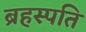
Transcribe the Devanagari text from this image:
ब्रहस्पति